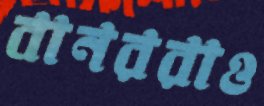
বানররাও